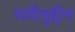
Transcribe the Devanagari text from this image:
यमीनुद्दीन